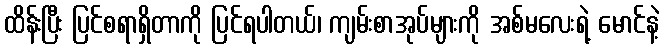
ထိန်းပြီး ပြင်စရာရှိတာကို ပြင်ရပါတယ်၊ ကျမ်းစာအုပ်များကို အစ်မလေးရဲ့ မောင်နဲ့